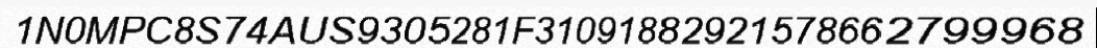
1N0MPC8S74AUS9305281F31091882921578662799968